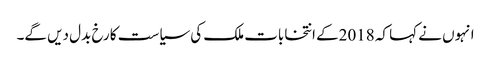
انہوں نے کہا کہ 2018کے انتخابات ملک کی سیاست کا رخ بدل دیں گے۔